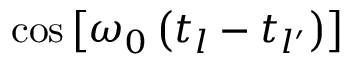
\cos \left[ \omega _ { 0 } \left( t _ { l } - t _ { l ^ { \prime } } \right) \right]